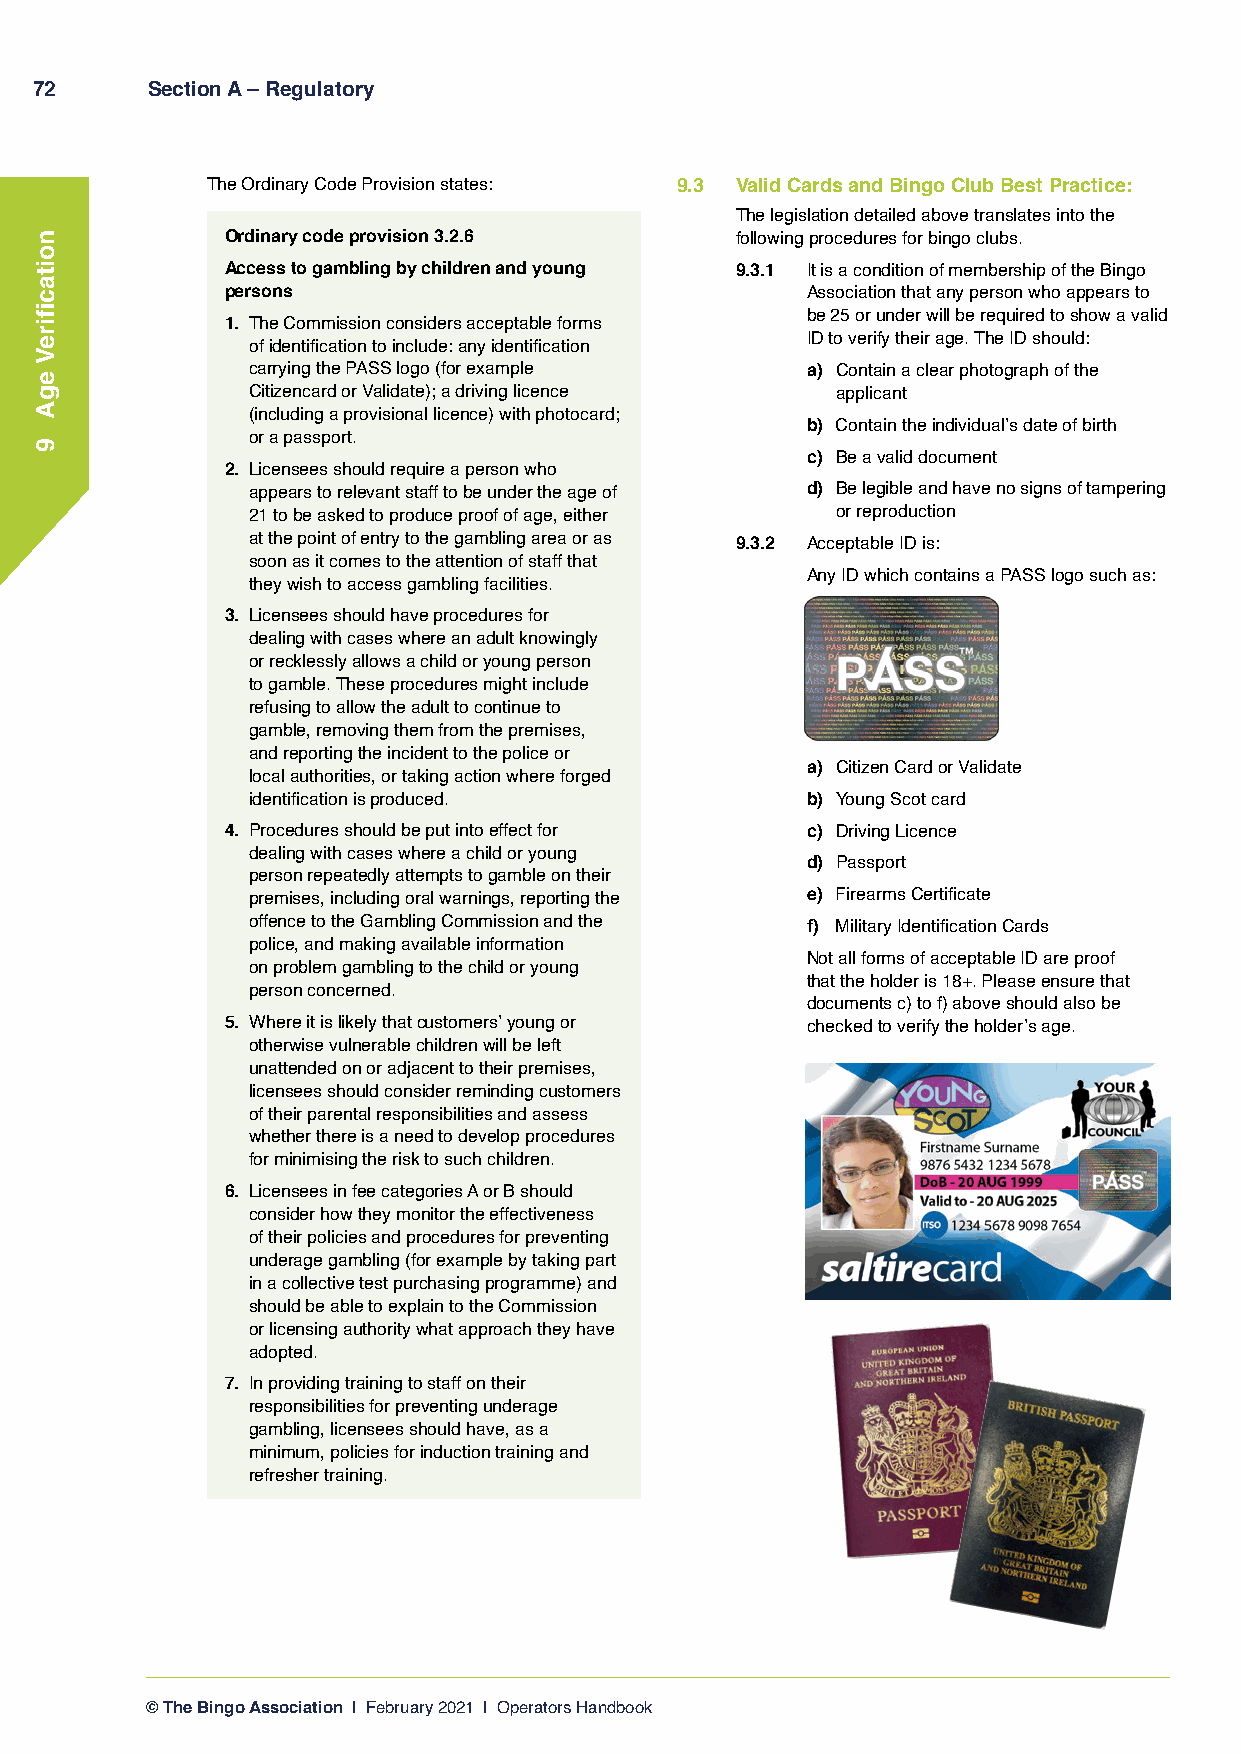
72      Section A – Regulatory
 The Ordinary Code Provision states: 9.3 Valid Cards and Bingo Club Best Practice:
 The legislation detailed above translates into the
 Ordinary code provision 3.2.6     following procedures for bingo clubs.
 Access to gambling by children and young 9.3.1 It is a condition of membership of the Bingo
 persons                               Association that any person who appears to
 be 25 or under will be required to show a valid
 1. The Commission considers acceptable forms
 ID to verify their age. The ID should:
 of identification to include: any identification
 carrying the PASS logo (for example  a) C ontain a clear photograph of the
 Citizencard or Validate); a driving licence applicant
 (including a provisional licence) with photocard;
 b) Contain the individual’s date of birth
 or a passport.
 c) Be a valid document
 2. Licensees should require a person who
 appears to relevant staff to be under the age of d) Be legible and have no signs of tampering
 21 to be asked to produce proof of age, either or reproduction
 at the point of entry to the gambling area or as 9.3.2 Acceptable ID is:
 soon as it comes to the attention of staff that
 Any ID which contains a PASS logo such as:
 they wish to access gambling facilities.
 3. Licensees should have procedures for
 dealing with cases where an adult knowingly
 or recklessly allows a child or young person
 to gamble. These procedures might include
 refusing to allow the adult to continue to
 gamble, removing them from the premises,
 and reporting the incident to the police or
 a) Citizen Card or Validate
 local authorities, or taking action where forged
 identification is produced.          b) Young Scot card
 4. Procedures should be put into effect for c) Driving Licence
 dealing with cases where a child or young
 d) Passport
 person repeatedly attempts to gamble on their
 premises, including oral warnings, reporting the e) Firearms Certificate
 offence to the Gambling Commission and the f) Military Identification Cards
 police, and making available information
 Not all forms of acceptable ID are proof
 on problem gambling to the child or young
 that the holder is 18+. Please ensure that
 person concerned.
 documents c) to f) above should also be
 5. Where it is likely that customers’ young or checked to verify the holder’s age.
 otherwise vulnerable children will be left
 unattended on or adjacent to their premises,
 licensees should consider reminding customers
 of their parental responsibilities and assess
 whether there is a need to develop procedures
 for minimising the risk to such children.
 6. Licensees in fee categories A or B should
 consider how they monitor the effectiveness
 of their policies and procedures for preventing
 underage gambling (for example by taking part
 in a collective test purchasing programme) and
 should be able to explain to the Commission
 or licensing authority what approach they have
 adopted.
 7. In providing training to staff on their
 responsibilities for preventing underage
 gambling, licensees should have, as a
 minimum, policies for induction training and
 refresher training.
 © The Bingo Association | February 2021 | Operators Handbook
 noitacfiireV
 egA
 9